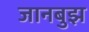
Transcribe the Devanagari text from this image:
जानबुझ